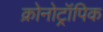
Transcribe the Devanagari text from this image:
क्रोनोट्रॉपिक